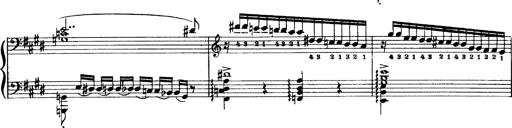
Title: OuvertÃ¼re zu TannhÃ¤user
Composer: Franz Liszt